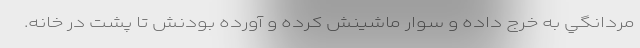
مردانگي به خرج داده و سوار ماشينش كرده و آورده بودنش تا پشت در خانه.